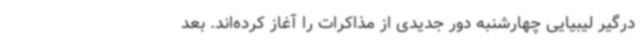
درگیر لیبیایی چهارشنبه دور جدیدی از مذاکرات را آغاز کرده‌اند. بعد